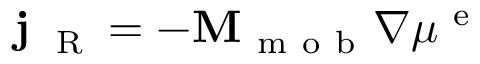
{ \bf j } _ { \mathrm { ~ \tiny ~ R ~ } } = - { \bf M } _ { \mathrm { ~ m ~ o ~ b ~ } } \nabla \mu ^ { \mathrm { ~ e ~ } }